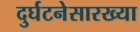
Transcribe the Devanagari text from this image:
दुर्घटनेसारख्या